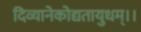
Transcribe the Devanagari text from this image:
दिव्यानेकोद्यतायुधम्‌।।